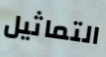
التماثيل